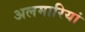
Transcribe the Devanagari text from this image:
अलमारियां